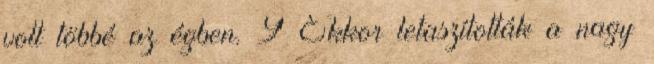
volt többé az égben. 9 Ekkor letaszították a nagy